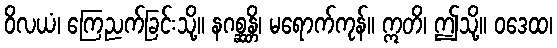
ဝိလယံ၊ ကြေညက်ခြင်းသို့။ နဂစ္ဆန္တိ၊ မရောက်ကုန်။ ဣတိ၊ ဤသို့။ ဝဒေထ၊